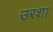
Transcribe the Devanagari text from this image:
उरशा